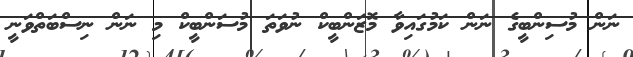
ނަން މުސިންބީގެ ނަން ކަމުގައިވާ މޮޒަންބީކް ނުވަތަ މުސަންބީކް މި ނަން ނިސްބަތްވަނީ